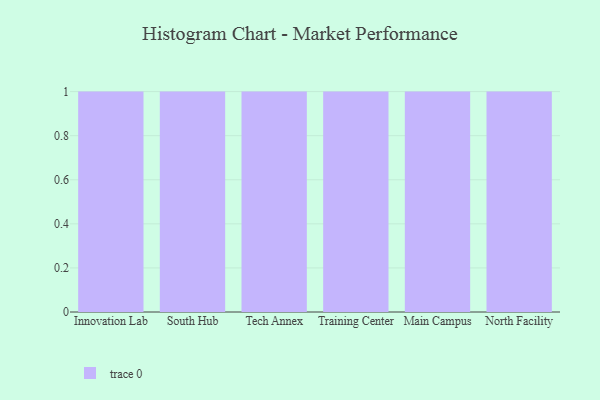
{"axis": {"x": "Campus", "y": "Waste Production (Tons)"}, "legend": [""], "data": [{"x": "Innovation Lab", "y": 75, "type": ""}, {"x": "South Hub", "y": 13, "type": ""}, {"x": "Tech Annex", "y": 47, "type": ""}, {"x": "Training Center", "y": 29, "type": ""}, {"x": "Main Campus", "y": 36, "type": ""}, {"x": "North Facility", "y": 58, "type": ""}]}